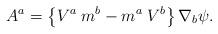
LaTeX: \begin{align*}A^a = \left\{ V^a \; m^b - m^a \; V^b \right\} \nabla_b \psi.\end{align*}